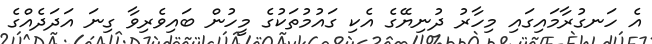
އެ ހަނގުރާމައިގައި މިހާރު ދުނިޔޭގެ އެކި ގައުމުތަކުގެ މީހުން ބައިވެރިވާ ގިނަ އަދަދެއްގެ